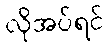
လိုအပ်ရင်